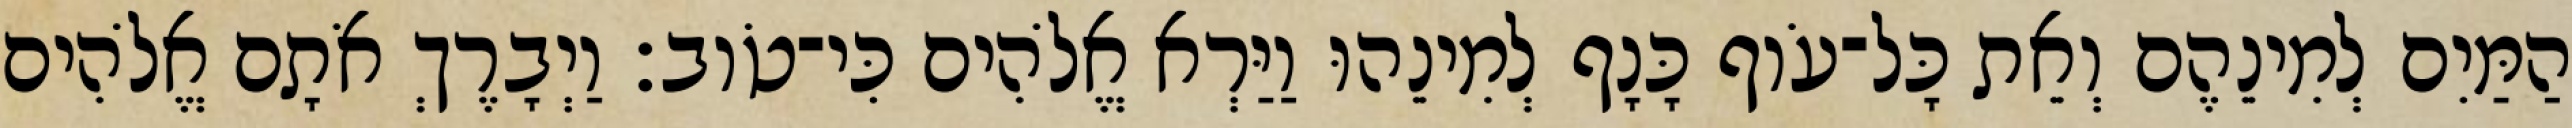
הַמַּיִם לְמִינֵהֶם וְאֵת כָּל־עֹוף כָּנָף לְמִינֵהוּ וַיַּרְא אֱלֹהִים כִּי־טֹוב׃ וַיְבָרֶךְ אֹתָם אֱלֹהִים